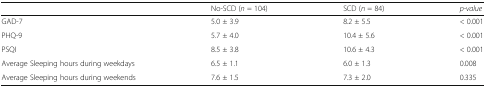
<table><thead><tr><td></td><td><b>No-SCD (<i>n</i> = 104)</b></td><td><b>SCD (<i>n</i> = 84)</b></td><td><b><i>p-value</i></b></td></tr></thead><tbody><tr><td>GAD-7</td><td>5.0 ± 3.9</td><td>8.2 ± 5.5</td><td>&lt; 0.001</td></tr><tr><td>PHQ-9</td><td>5.7 ± 4.0</td><td>10.4 ± 5.6</td><td>&lt; 0.001</td></tr><tr><td>PSQI</td><td>8.5 ± 3.8</td><td>10.6 ± 4.3</td><td>&lt; 0.001</td></tr><tr><td>Average Sleeping hours during weekdays</td><td>6.5 ± 1.1</td><td>6.0 ± 1.3</td><td>0.008</td></tr><tr><td>Average Sleeping hours during weekends</td><td>7.6 ± 1.5</td><td>7.3 ± 2.0</td><td>0.335</td></tr></tbody></table>